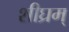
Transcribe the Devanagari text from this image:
शीघ्रम्